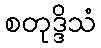
စတုဒ္ဒိသံ